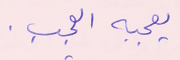
يعجبه العجب.